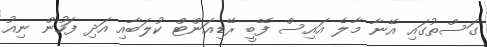
ގަސްތުގައި އޭނާ މާލެ އައިސް ފޭބީ ރޭޑިއަންޓް ކުލަބާއި އަދި ފަހުން ނިއު